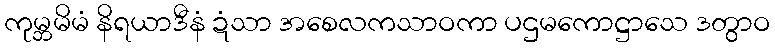
ကုမ္ဘမိမံ နိရယာဒီနံ ဍံသာ အစေလကသာဝကာ ပဌမကောဋ္ဌာသေ ဒတွာဝ